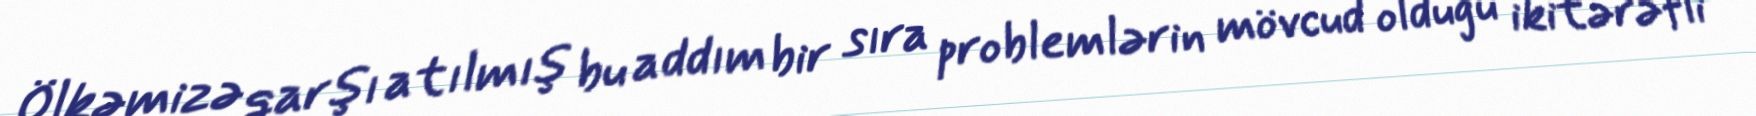
Ölkəmizə qarşı atılmış bu addım bir sıra problemlərin mövcud olduğu ikitərəfli